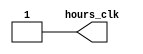
`timescale 100s / 1s //Cada tick en verilog va a durar 100uS. Adems la minima unidad seran los 100 uS
module hours_clock_gen(hours_clk);

output reg hours_clk;

parameter PERIOD = 1;
	 
	 //Genera la onda cuadrada
always
	begin: CLOCK_DRIVER //CLOCK_DRIVER es un tag que no es relevante
		hours_clk <= 1'b0;	//Se pone el clock en 0, es la bajada
		#(PERIOD*18); 	//Semiperiodo del clock
		hours_clk <= 1'b1;	//Subida del clock
		#(PERIOD*18);	//Segunda parte del periodo
	end
endmodule